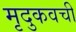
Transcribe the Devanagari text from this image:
मृदुकवची